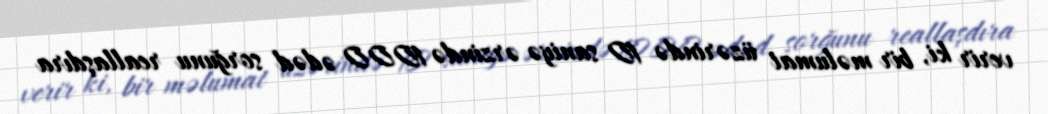
verir ki, bir məlumat üzərində 10 saniyə ərzində 1000 ədəd sorğunu reallaşdıra